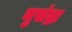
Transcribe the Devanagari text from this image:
मुसंद्रा